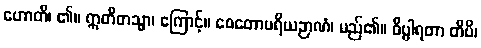
ဟောတိ၊ ၏။ ဣတိတသ္မာ၊ ကြောင့်။ စေတောပရိယဉာဏံ၊ မည်၏။ ဝိပ္ပါရတာ တိပိ၊